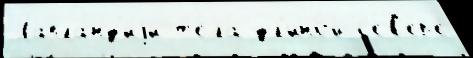
Лапла́нд'иjи т'е́ла дл'ино́й с'е́в'ер'е